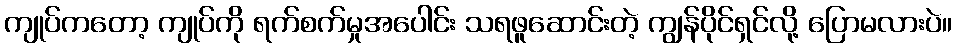
ကျုပ်ကတော့ ကျုပ်ကို ရက်စက်မှုအပေါင်း သရဖူဆောင်းတဲ့ ကျွန်ပိုင်ရှင်လို့ ပြောမလားပဲ။